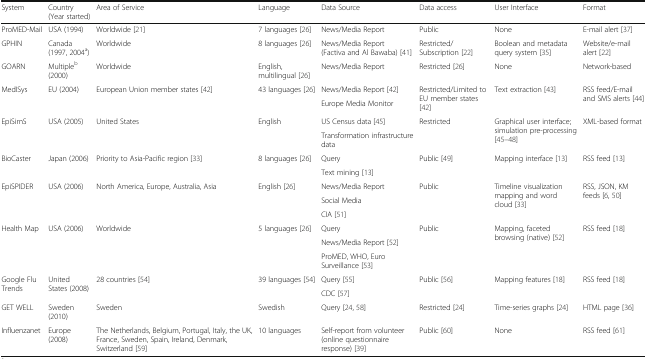
<table><thead><tr><td><b>System</b></td><td><b>Country (Year started)</b></td><td><b>Area of Service</b></td><td><b>Language</b></td><td><b>Data Source</b></td><td><b>Data access</b></td><td><b>User Interface</b></td><td><b>Format</b></td></tr></thead><tbody><tr><td>ProMED-Mail</td><td>USA (1994)</td><td>Worldwide [21]</td><td>7 languages [26]</td><td>News/Media Report</td><td>Public</td><td>None</td><td>E-mail alert [37]</td></tr><tr><td>GPHIN</td><td>Canada (1997, 2004<sup>a</sup>)</td><td>Worldwide</td><td>8 languages [26]</td><td>News/Media Report (Factiva and Al Bawaba) [41]</td><td>Restricted/Subscription [22]</td><td>Boolean and metadata query system [35]</td><td>Website/e-mail alert [22]</td></tr><tr><td>GOARN</td><td>Multiple<sup>b</sup> (2000)</td><td>Worldwide</td><td>English, multilingual [26]</td><td>News/Media Report</td><td>Restricted [26]</td><td>None</td><td>Network-based</td></tr><tr><td rowspan="2">MedISys</td><td rowspan="2">EU (2004)</td><td rowspan="2">European Union member states [42]</td><td rowspan="2">43 languages [26]</td><td>News/Media Report [42]</td><td rowspan="2">Restricted/Limited to EU member states [42]</td><td rowspan="2">Text extraction [43]</td><td rowspan="2">RSS feed/E-mail and SMS alerts [44]</td></tr><tr><td>Europe Media Monitor</td></tr><tr><td rowspan="2">EpiSimS</td><td rowspan="2">USA (2005)</td><td rowspan="2">United States</td><td rowspan="2">English</td><td>US Census data [45]</td><td rowspan="2">Restricted</td><td rowspan="2">Graphical user interface; simulation pre-processing [45–48]</td><td rowspan="2">XML-based format</td></tr><tr><td>Transformation infrastructure data</td></tr><tr><td rowspan="2">BioCaster</td><td rowspan="2">Japan (2006)</td><td rowspan="2">Priority to Asia-Pacific region [33]</td><td rowspan="2">8 languages [26]</td><td>Query</td><td rowspan="2">Public [49]</td><td rowspan="2">Mapping interface [13]</td><td rowspan="2">RSS feed [13]</td></tr><tr><td>Text mining [13]</td></tr><tr><td rowspan="3">EpiSPIDER</td><td rowspan="3">USA (2006)</td><td rowspan="3">North America, Europe, Australia, Asia</td><td rowspan="3">English [26]</td><td>News/Media Report</td><td rowspan="3">Public</td><td rowspan="3">Timeline visualization mapping and word cloud [33]</td><td rowspan="3">RSS, JSON, KM feeds [6, 50]</td></tr><tr><td>Social Media</td></tr><tr><td>CIA [51]</td></tr><tr><td rowspan="3">Health Map</td><td rowspan="3">USA (2006)</td><td rowspan="3">Worldwide</td><td rowspan="3">5 languages [26]</td><td>Query</td><td rowspan="3">Public</td><td rowspan="3">Mapping, faceted browsing (native) [52]</td><td rowspan="3">RSS feed [18]</td></tr><tr><td>News/Media Report [52]</td></tr><tr><td>ProMED, WHO, Euro Surveillance [53]</td></tr><tr><td rowspan="2">Google Flu Trends</td><td rowspan="2">United States (2008)</td><td rowspan="2">28 countries [54]</td><td rowspan="2">39 languages [54]</td><td>Query [55]</td><td rowspan="2">Public [56]</td><td rowspan="2">Mapping features [18]</td><td rowspan="2">RSS feed [18]</td></tr><tr><td>CDC [57]</td></tr><tr><td>GET WELL</td><td>Sweden (2010)</td><td>Sweden</td><td>Swedish</td><td>Query [24, 58]</td><td>Restricted [24]</td><td>Time-series graphs [24]</td><td>HTML page [36]</td></tr><tr><td>Influenzanet</td><td>Europe (2008)</td><td>The Netherlands, Belgium, Portugal, Italy, the UK, France, Sweden, Spain, Ireland, Denmark, Switzerland [59]</td><td>10 languages</td><td>Self-report from volunteer (online questionnaire response) [39]</td><td>Public [60]</td><td>None</td><td>RSS feed [61]</td></tr></tbody></table>